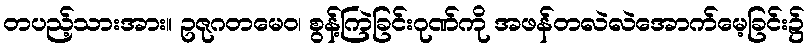
တပည့်သားအား။ ဥဇုဂတမေဝ၊ စွန့်ကြဲခြင်းဂုဏ်ကို အဖန်တလဲလဲအောက်မေ့ခြင်း၌